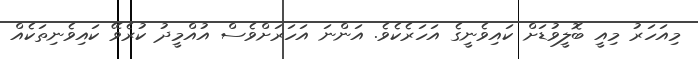
މިއަހަރު މިއީ ބޮލީވުޑަށް ކައިވެނީގެ އަހަރެކެވެ. އަންނަ އަހަރަށްވެސް އުއްމީދު ކުރެވޭ ކައިވެނިތަކެއް